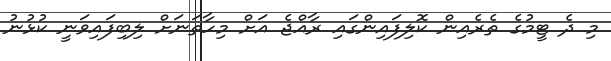
މި ދެ ޓީމުގެ ތެރެއިން ކޮލިފައިންގައި ރާއްޖެ އަށް މިހާތަނަށް ލިބިފައިވަނީ ކުޅުނު